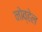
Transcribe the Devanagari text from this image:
नोव्हेल